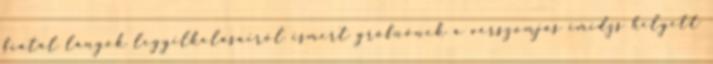
fiatal lányok legyilkolásairól ismert grófnőnek a vérszomjas imidzs helyett